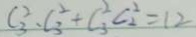
C _ { 3 } ^ { 2 } \cdot C _ { 3 } ^ { 2 } + C _ { 3 } ^ { 2 } C _ { 2 } ^ { 2 } = 1 2